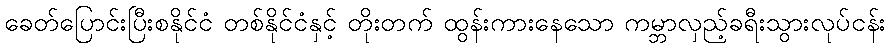
ခေတ်ပြောင်းပြီးစနိုင်ငံ တစ်နိုင်ငံနှင့် တိုးတက် ထွန်းကားနေသော ကမ္ဘာလှည့်ခရီးသွားလုပ်ငန်း